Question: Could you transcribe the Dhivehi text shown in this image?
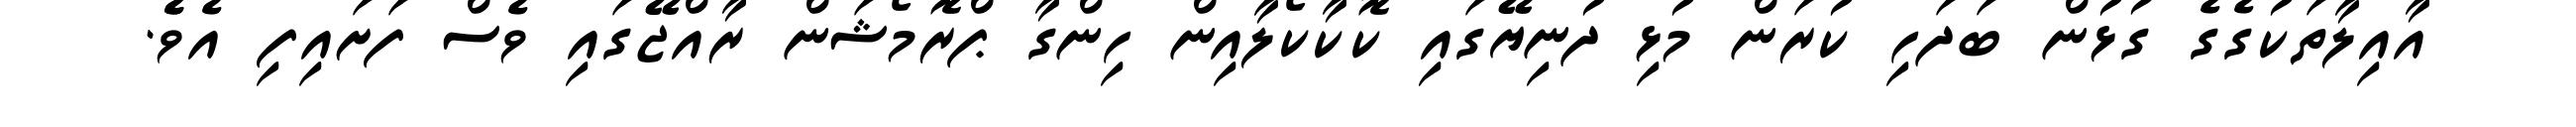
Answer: އާއިލާތަކުގެގެ ގުޅުން ބަދަހި ކުރަން މުޅި ދުނިޔޭގައި ކޮކާކޯލާއިން ހިންގާ ޕްރޮމޯޝަން ރާއްޖޭގައި ވެސް ފަށައިފި އެވެެ.